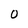
Character: O